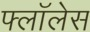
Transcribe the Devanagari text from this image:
फ्लॉलेस